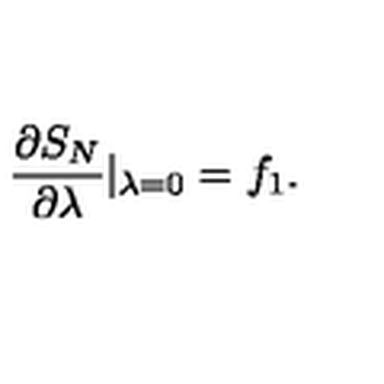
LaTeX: { \frac { \partial S _ { N } } { \partial \lambda } } | _ { \lambda = 0 } = f _ { 1 } .